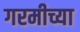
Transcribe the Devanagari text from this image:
गरमीच्या